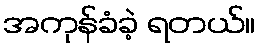
အကုန်ခံခဲ့ ရတယ်။